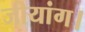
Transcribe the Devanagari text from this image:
जीयांग।